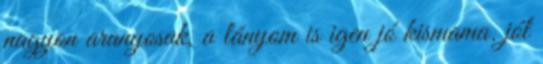
nagyon aranyosak, a lányom is igen jó kismama. jól